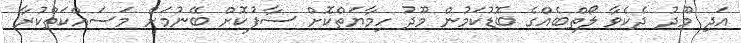
އަދި މޫދު ދެކެވާ ލޯތްބެއްގެ ބޮޑުކަމުން މޫދު ހިމާޔަތްކޮށް ސާފުކޮށް ބޭނުމަށް މަސައްކަތްކުރާ